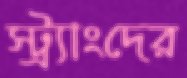
স্ট্র্যাংদের